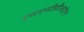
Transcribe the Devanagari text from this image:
एसएसीडीआईएन